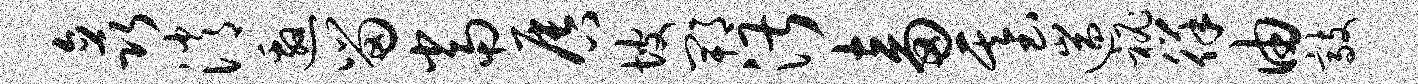
矗消邀留当唇坡郫湛畜基遄秘徉由敲